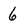
Character: 6